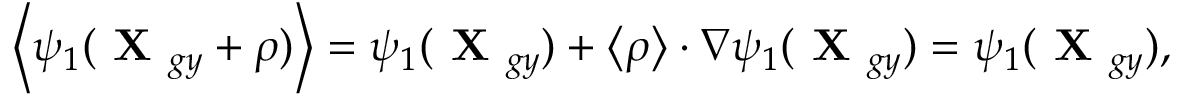
\left\langle \psi _ { 1 } ( \textbf { X } _ { g y } + \boldsymbol { \rho } ) \right\rangle = \psi _ { 1 } ( \textbf { X } _ { g y } ) + \left\langle \boldsymbol { \rho } \right\rangle \boldsymbol { \cdot } \nabla \psi _ { 1 } ( \textbf { X } _ { g y } ) = \psi _ { 1 } ( \textbf { X } _ { g y } ) ,